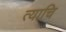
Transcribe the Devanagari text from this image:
त्याचि